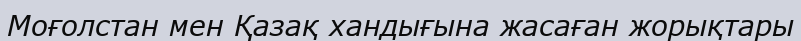
Моғолстан мен Қазақ хандығына жасаған жорықтары